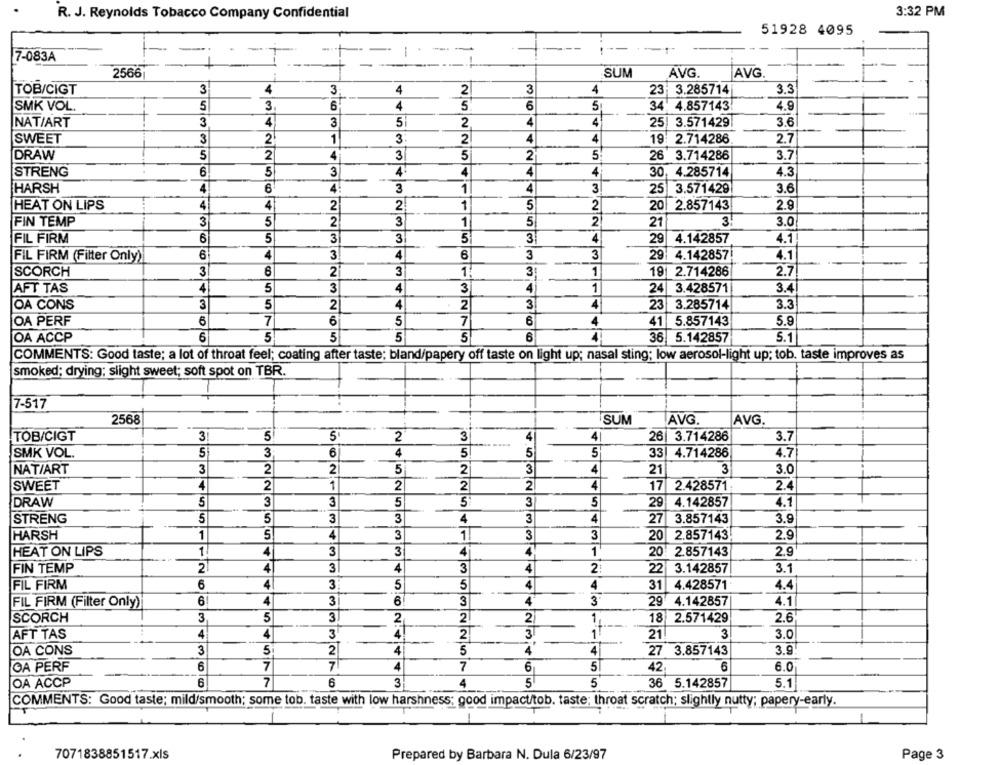
R. J. Reynolds Tobacco Company Confidential
3:32 PM
51928 4095
:---
-
7-083A
2566
SUM
AVG.
AVG.
TOB/CIGT
3
4
3
4
2
3
4
23- 3.285714
3.3
SMK VOL.
5
3
6
4
5
6
5
34. 4.857143
4.9
3
4
3
2
4
4
3.6
NAT/ART
+-
25| 3.571429
3
4
SWEET
3
2
1
2
4
19: 2.714286
2.7
DRAW
5
2
4
3
5
2
5
26 3.714286
3.7
STRENG
6
5
3
4.
4
4
4
30, 4.285714
4.3
HARSH
4
6
4
3
1
4
3
25
3.571429
3.6
HEAT ON LIPS
4
4
2
2
1
5
2
20 2.857143
2.9
FIN TEMP
3
5
2
3
1
5
2
3.0
21
6
3
3
4
FIL FIRM
5
5
3
29
4.142857
4.1
FIL FIRM (Filter Only)
6
4
3
4
6
3
3
29| 4.142857
4.1
SCORCH
3
6
2
3
1.
1
19 2.714286
2.7
AFT TAS
4
5
3
4
3
1
24
3.428571
3.41
OA CONS
3
5
2
4
2
3
4
23
3.285714
3.3
OA PERF
6
7
6
5
7
6
4
41 5.857143
5.9
6
5.1
OA ACCP
6
5
5
5
5
4
36 5.142857
COMMENTS: Good taste; a lot of throat feel; coating after taste; bland/papery off taste on light up; nasal sting; low aerosol-light up; tob. taste improves as
smoked; drying; slight sweet; soft spot on TBR.
7-517
2568
SUM
AVG.
AVG
5
5
2
3
4
4
26 3.714286
3.7
TOB/CIGT
SMK VOL.
5
3
6
4
5
5
5
33 4.714286
4.7
NAT/ART
3
2
2
5
2
3
4
21
3
3.0
SWEET
4
2
1
2
2
2
4
17
2.428571
2.4
DRAW
5
3
3
5
5
3
5
29
4.142857
4.1
STRENG
5
5
3
3
4
3
4
27
3.857143
3.9
HARSH
1
5
4
3
1
3
3
20
2.9
2.857143
HEAT ON LIPS
1
4
3
3
4
1
2.9
20: 2.857143
2
3
FIN TEMP
4
4
3
4
2
22 3.142857
3.1
FIL FIRM
6
4
3
5
5
4
4
31 4.428571
4.4
FIL FIRM (Filter Only)
6!
4
3
6
3
4
3"
29 4.142857
4.1
SCORCH
3
5
3
2
2
2
18 2.571429
2.6
AFT TAS
4
4
3
4
2
3
1
21
3
3.0
OA CONS
3
5
2
4
5
4
4
27
27 3.857143
3.9
OA PERF
6
7
7
4
7
6
5
42
6
6.0
OA ACCP
6
7
6
3
4
5
5
36 5.142857
5.1
COMMENTS: Good taste; mild/smooth; some tob. taste with low harshness; good impact/tob. taste; throat scratch; slightly nutty; papery-early.
7071838851517.xls
Prepared by Barbara N. Dula 6/23/97
Page 3